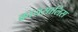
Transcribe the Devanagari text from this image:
क्रायसालिस